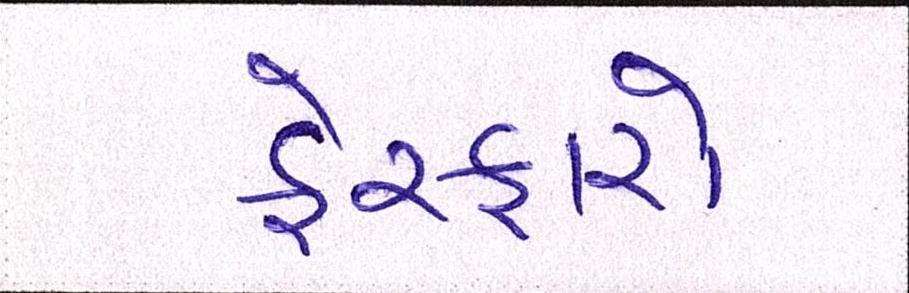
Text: ફેરફારો